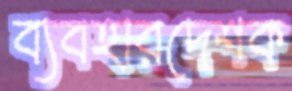
ব্যবহারদেশক